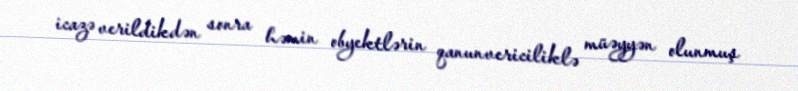
icazə verildikdən sonra həmin obyektlərin qanunvericiliklə müəyyən olunmuş